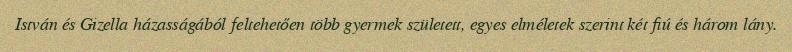
István és Gizella házasságából feltehetően több gyermek született, egyes elméletek szerint két fiú és három lány.